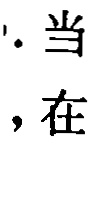
`. 当`, 在`, 在`